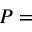
P =